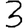
Digit: 3